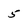
Character: 5